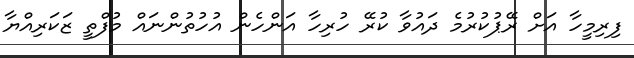
ފިރިމީހާ އަށް ރޭޕުކުރުމެ ދައުވާ ކުރޭ ހުރިހާ އަންހެން އުހުތުންނައް މުފްތީ ޒަކަރިއްޔާ